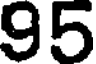
95